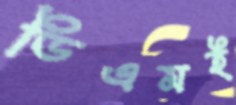
ডিএমই